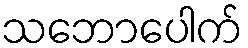
သဘောပေါက်